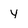
Character: y